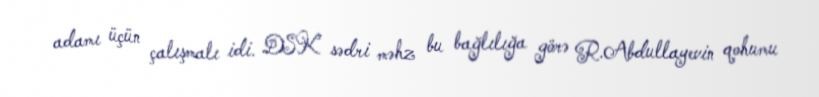
adamı üçün çalışmalı idi. DSK sədri məhz bu bağlılığa görə R.Abdullayevin qohumu